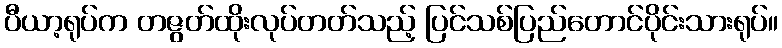
ပီယာ့ရုပ်က တဇွတ်ထိုးလုပ်တတ်သည့် ပြင်သစ်ပြည်တောင်ပိုင်းသားရုပ်။